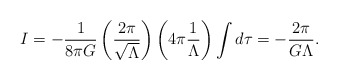
\begin{align*}I=-\frac{1}{8\pi G}\left( \frac{2\pi }{\sqrt{\Lambda }}\right) \left( 4\pi \frac{1}{\Lambda }\right) \int d\tau =-\frac{2\pi }{G\Lambda }. \end{align*}